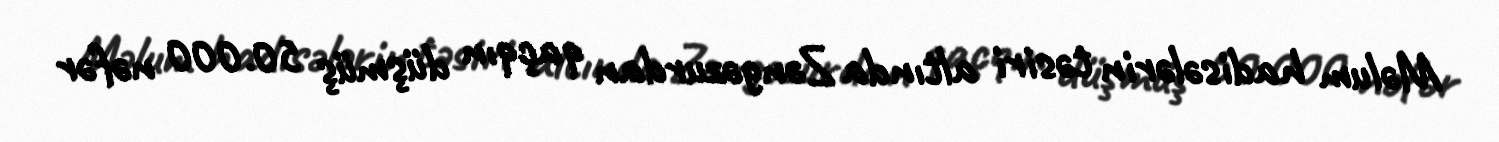
Məlum hadisələrin təsiri altında Zəngəzurdan qaçqın düşmüş 50.000 nəfər